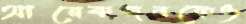
আরেকজনকেও